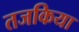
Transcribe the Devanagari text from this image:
तजकिया